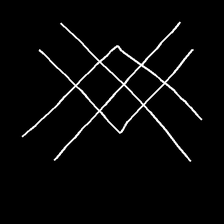
Glyph: crystal